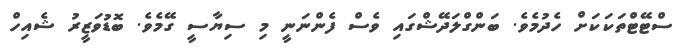
ސްޓޭޓްތަކަކަށް ހެދުމެވެ. ބަންގްލަދޭޝްގައި ވެސް ފެންނަނީ މި ސިޔާސީ ގޭމެވެ. ބޮޑުވަޒީރު ޝެއިހް